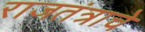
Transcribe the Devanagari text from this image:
राजतंत्राचे